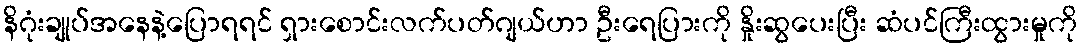
နိဂုံးချုပ်အနေနဲ့ပြောရရင် ရှားစောင်းလက်ပတ်ဂျယ်ဟာ ဦးရေပြားကို နှိုးဆွပေးပြီး ဆံပင်ကြီးထွားမှုကို